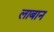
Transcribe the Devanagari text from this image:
लाबान